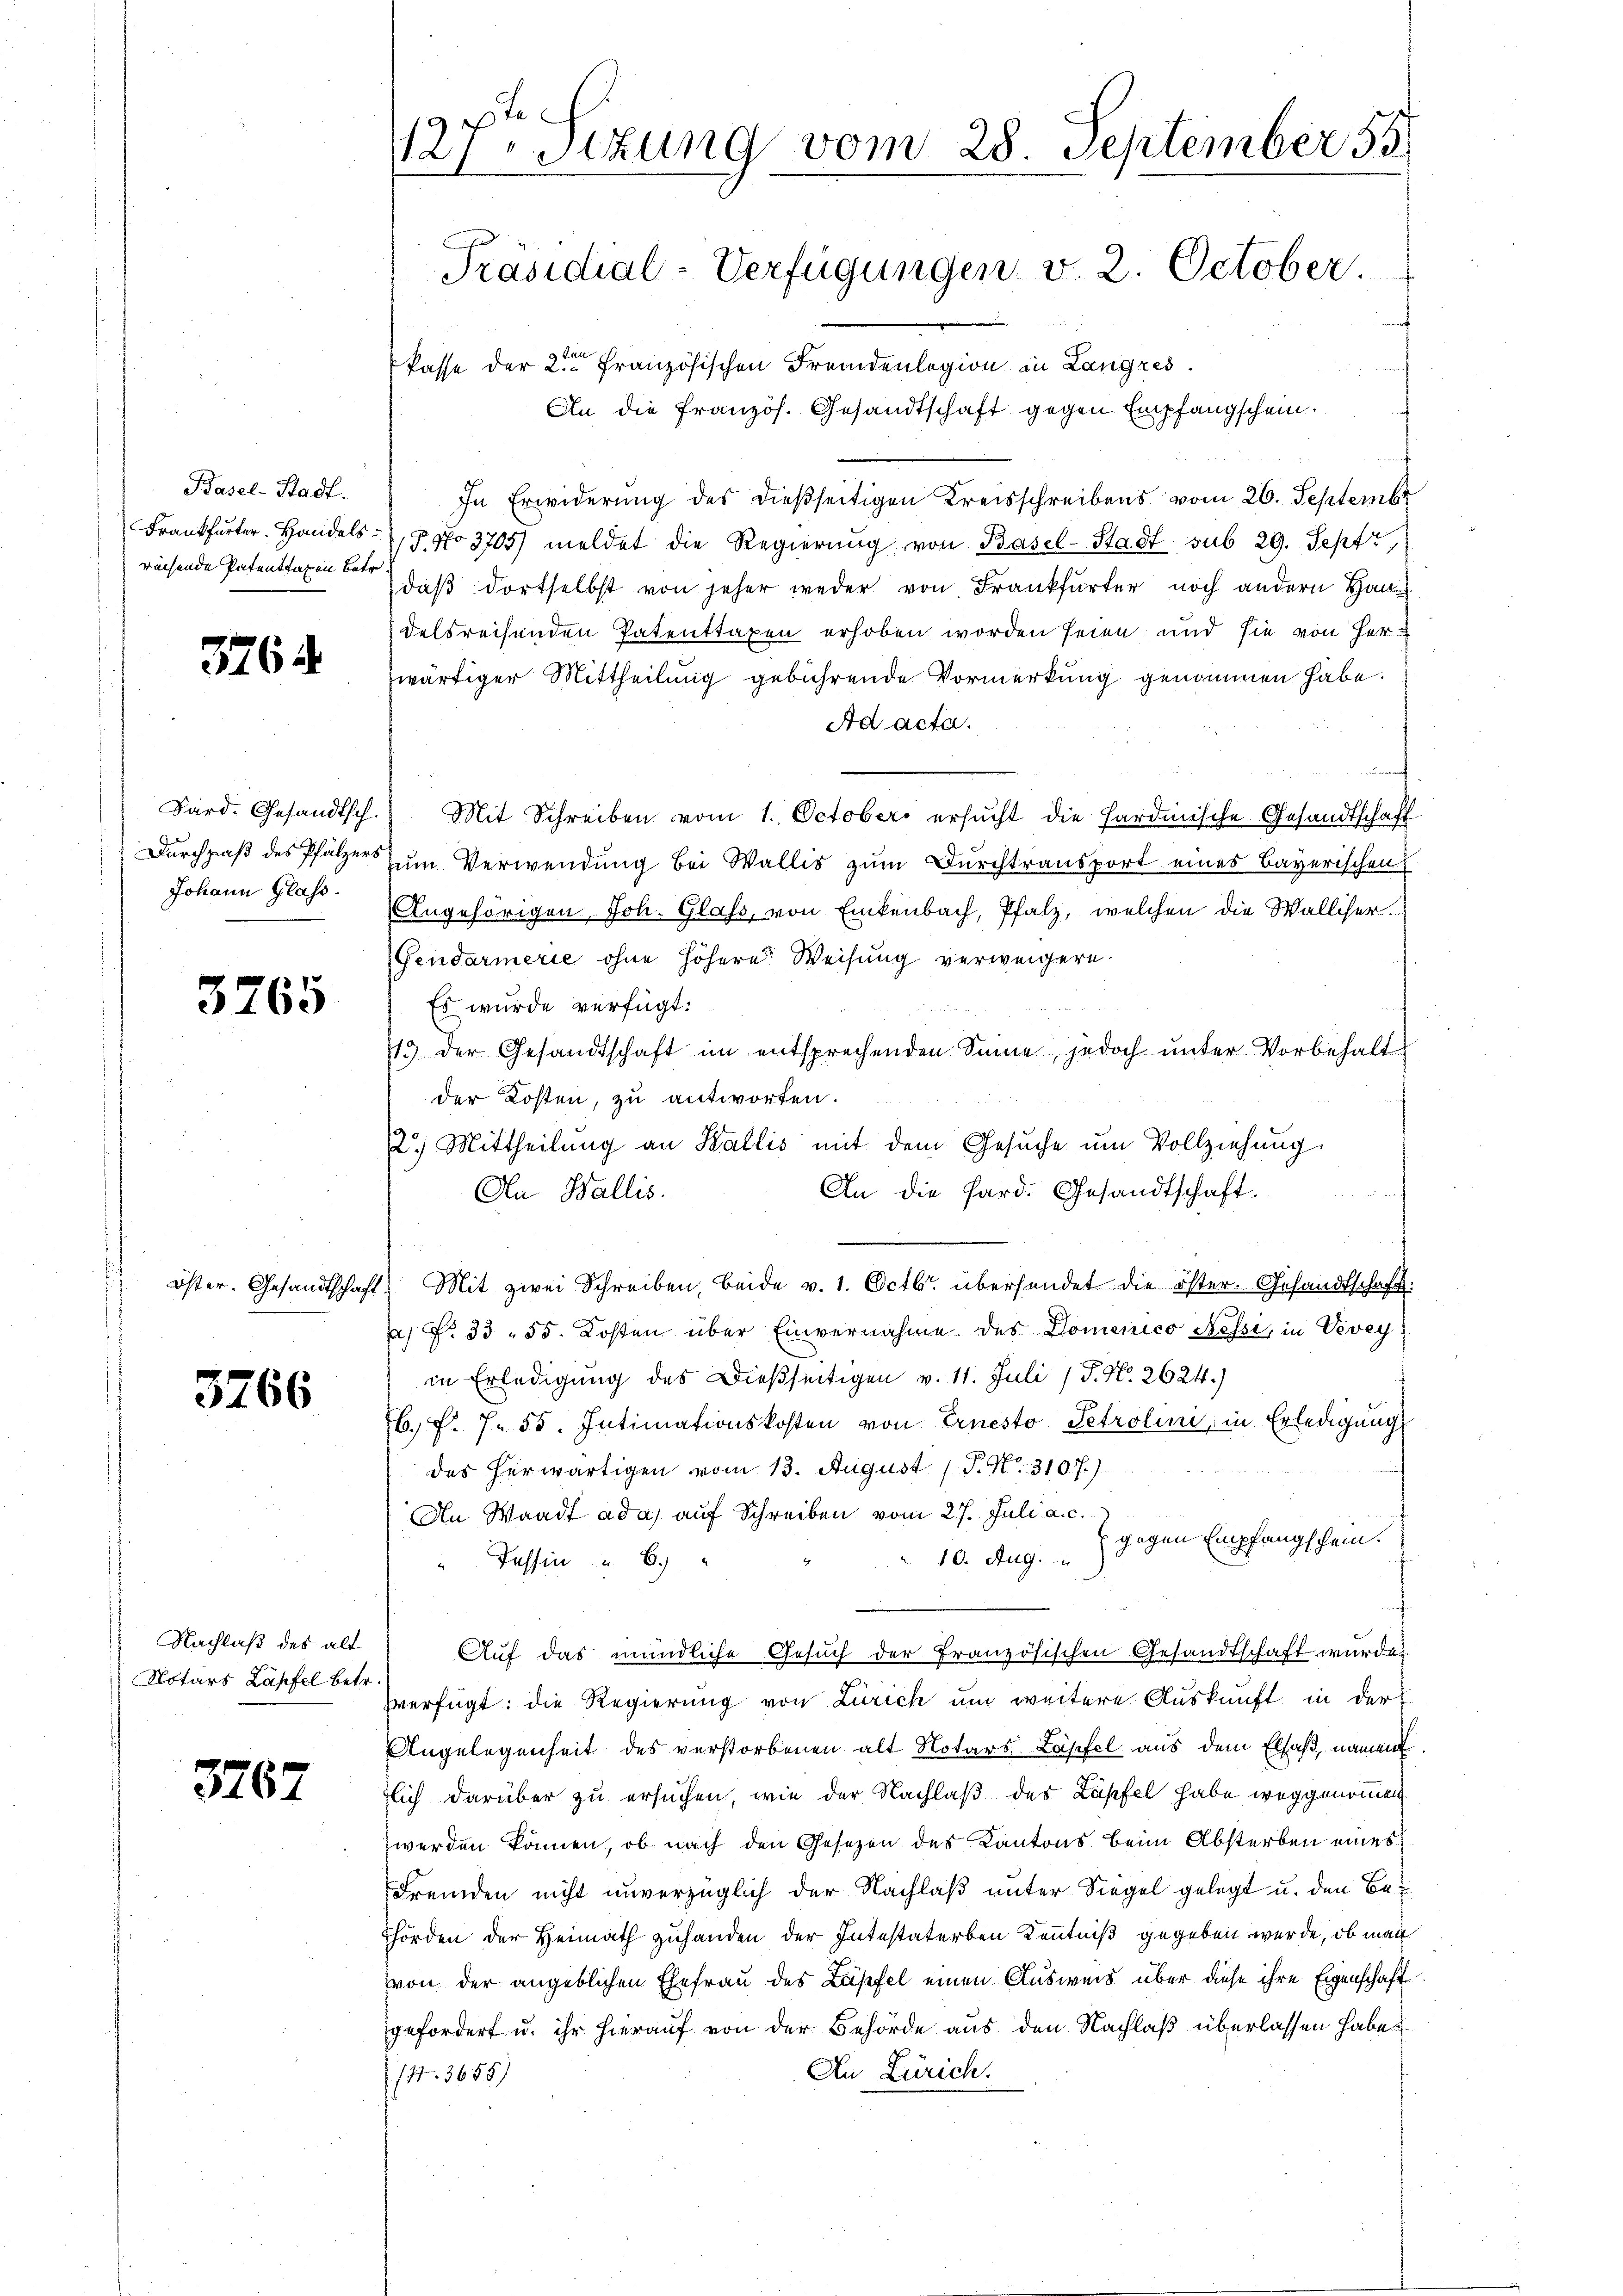
Basel-Stadt.
rechende Patenttaxen betr.

3764

Sard. Gesandtsch
Johann Glass.

3765

3766

Nachlaß des alt
Notars Läpfel betr.

3767

127ten Sizung vom 28. September 55.
Präsidial-Verfügungen v. 2. October

Pässe der 2ten Französischen Fremdenlegion in Langres
An die französ. Gesandtschaft gegen Empfangschein.
In Erwiderung des dießseitigen Kreisschreibens vom 26. Septembr
Frankfurter. Handels No 3705) meldet die Regierŭng von Basel-Stadt sub 29. Sept,
daß dortselbst von jeher weder von Frankfurter noch andern Handelsreisenden Patenttaxen erhoben worden seien und sie von Herzwärtiger Mittheilung gebührende Vormerkung genommen habe.
Ad acta.
) Mit Schreiben vom 1. Octobers ersŭcht die Hardinische Gesandtschaft
Durchpaß des Pfalzers zum Verwendung bei Wallis zum Durchtransport eines Bayerischen
Angehörigen, Joh. Glass, von Einkenbach, Pfalz, welchen die Walliser.
Gendarmerie ohne höhere Weisung verweigern.
Es wurde verfügt:
113 der Gesandtschaft im entsprechenden Sinne, jedoch ŭnter Vorbehalt
der Kosten, zu antworten.
2.) Mittheilŭng an Wallis mit dem Gesŭche ŭm Vollziehung.
An die Pard. Gesandtschaft.
An Wallis.
öster. Gesandtschaft. Mit zwei Schreiben, beide v. 1. Octbr. übersendet die öster- Gesandtschaft:
a) No 33. 55. Kosten über Einvernahme des Domenico Nessi, in Vevey
in Erledigung des Dießseitigen v. 11. Juli (T. N. 2624.)
b. f. 7. 55. Intimationskosten von Ernesto Petrolini, in Erledigung
des herwärtigen vom 13. August 1 P. Nr. 310 f.)
An Waadt ad a) auf Schreiben vom 27. Juli a. c.
10. Aug. gegen Empfangschein.
“ Tessin 6.
Auf das mündliche Gesuch der Französischen Gesandtschaft wurden
zverfügt: die Regierung von Zürich um weitere Auskunft in der L.
Angelegenheit des verstorbenen alt Notars Läpfel aus dem Elsaß, namen
lich darüber zu ersuchen, wie der Nachlaß des Läpfel habe, weggenommen
werden können, ob nach den Gesetzen des Kantons beim Absterben eines
Fremden nicht unverzüglich der Nachlaß unter Siegel gelegt u. den Be¬
Thörden der Heimath zuhanden der Intestaterben Kenntniß gegeben werde, ob man
von der angeblichen Ehefrau des Läpfel einen Ausweis über diese ihre Eigenschaft
gefordert u. ihr hierauf von der Behörde aus den Nachlaß überlassen habe u.
An Zürich.
141. 3655)